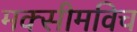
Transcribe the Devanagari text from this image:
मक्सीमविच